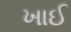
ખાઈ